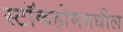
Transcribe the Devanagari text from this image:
स्टॉकहोममधील